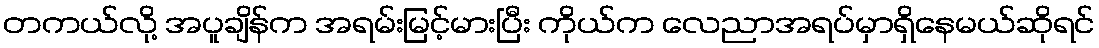
တကယ်လို့ အပူချိန်က အရမ်းမြင့်မားပြီး ကိုယ်က လေညာအရပ်မှာရှိနေမယ်ဆိုရင်